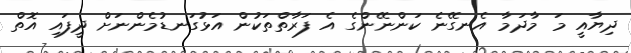
ދިޔާއީ މަ މާދަމާ އެނގޭނެ ކަންނޭންގެ އެ ފަރާތްތަކުން އަޅުގަނޑުމެންނަށް ދީފައި އޮތް